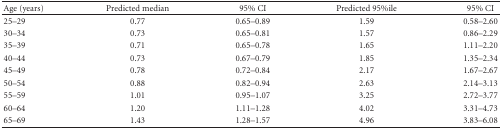
<table><thead><tr><td><b>Age (years)</b></td><td><b>Predicted median</b></td><td><b>95% CI</b></td><td><b>Predicted 95%ile</b></td><td><b>95% CI</b></td></tr></thead><tbody><tr><td>25–29</td><td>0.77</td><td>0.65–0.89</td><td>1.59</td><td>0.58–2.60</td></tr><tr><td>30–34</td><td>0.73</td><td>0.65–0.81</td><td>1.57</td><td>0.86–2.29</td></tr><tr><td>35–39</td><td>0.71</td><td>0.65–0.78</td><td>1.65</td><td>1.11–2.20</td></tr><tr><td>40–44</td><td>0.73</td><td>0.67–0.79</td><td>1.85</td><td>1.35–2.34</td></tr><tr><td>45–49</td><td>0.78</td><td>0.72–0.84</td><td>2.17</td><td>1.67–2.67</td></tr><tr><td>50–54</td><td>0.88</td><td>0.82–0.94</td><td>2.63</td><td>2.14–3.13</td></tr><tr><td>55–59</td><td>1.01</td><td>0.95–1.07</td><td>3.25</td><td>2.72–3.77</td></tr><tr><td>60–64</td><td>1.20</td><td>1.11–1.28</td><td>4.02</td><td>3.31–4.73</td></tr><tr><td>65–69</td><td>1.43</td><td>1.28–1.57</td><td>4.96</td><td>3.83–6.08</td></tr></tbody></table>